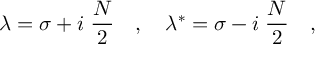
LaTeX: \lambda = \sigma + i \; \frac { N } { 2 } \quad , \quad \lambda ^ { * } = \sigma - i \; \frac { N } { 2 } \quad ,